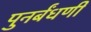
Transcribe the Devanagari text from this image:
पुनर्बंधणी